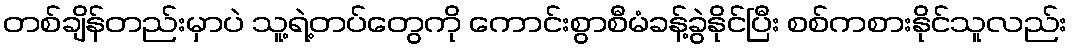
တစ်ချိန်တည်းမှာပဲ သူ့ရဲ့တပ်တွေကို ကောင်းစွာစီမံခန့်ခွဲနိုင်ပြီး စစ်ကစားနိုင်သူလည်း